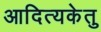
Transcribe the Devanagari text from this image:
आदित्यकेतु